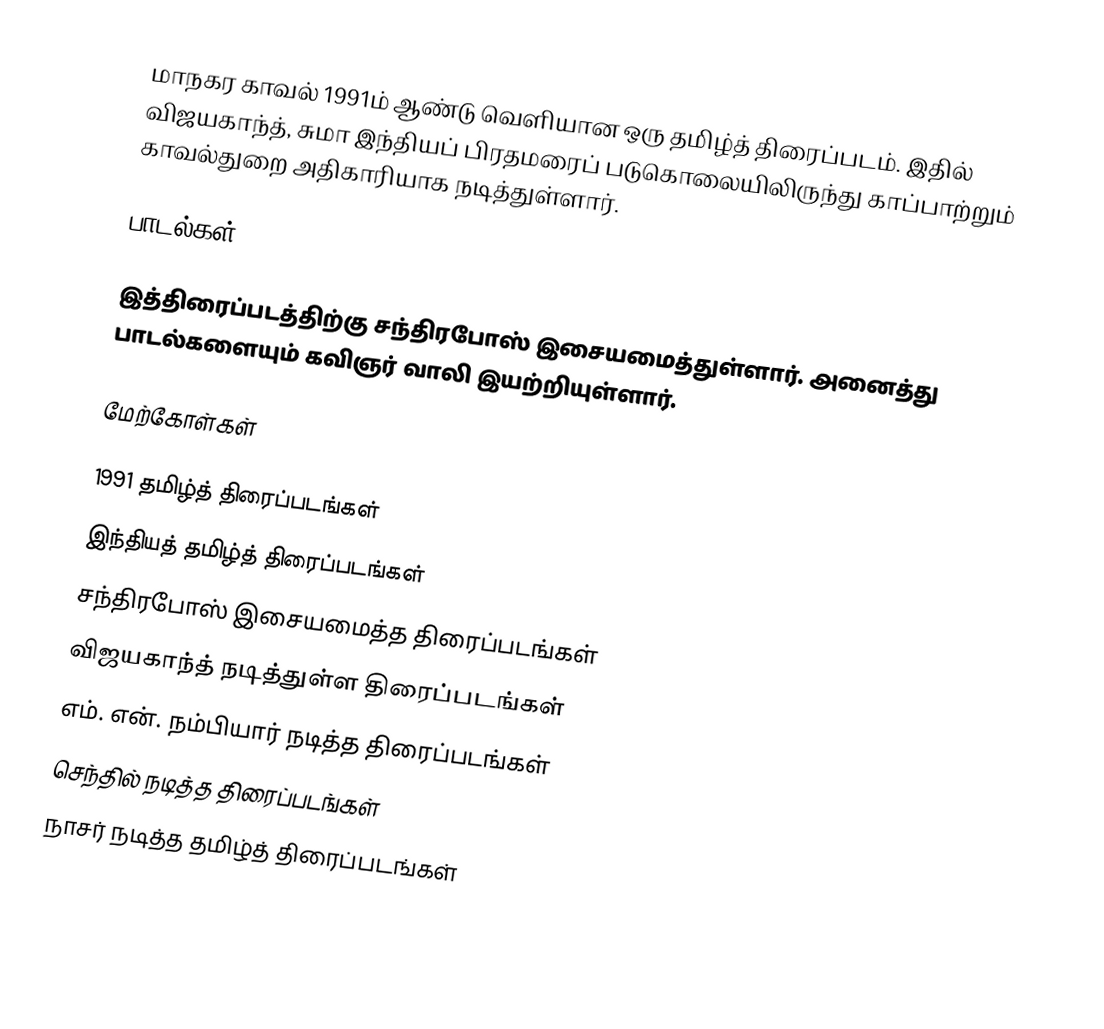
மாநகர காவல் 1991ம் ஆண்டு வெளியான ஒரு தமிழ்த் திரைப்படம். இதில் விஜயகாந்த், சுமா இந்தியப் பிரதமரைப் படுகொலையிலிருந்து காப்பாற்றும் காவல்துறை அதிகாரியாக நடித்துள்ளார்.

பாடல்கள்

இத்திரைப்படத்திற்கு சந்திரபோஸ் இசையமைத்துள்ளார். அனைத்து பாடல்களையும் கவிஞர் வாலி இயற்றியுள்ளார்.

மேற்கோள்கள்

1991 தமிழ்த் திரைப்படங்கள்
இந்தியத் தமிழ்த் திரைப்படங்கள்
சந்திரபோஸ் இசையமைத்த திரைப்படங்கள்
விஜயகாந்த் நடித்துள்ள திரைப்படங்கள்
எம். என். நம்பியார் நடித்த திரைப்படங்கள்
செந்தில் நடித்த திரைப்படங்கள்
நாசர் நடித்த தமிழ்த் திரைப்படங்கள்